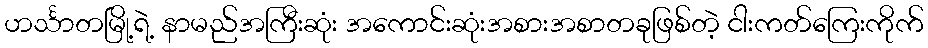
ဟင်္သာတမြို့ရဲ့ နာမည်အကြီးဆုံး အကောင်းဆုံးအစားအစာတခုဖြစ်တဲ့ ငါးကတ်ကြေးကိုက်